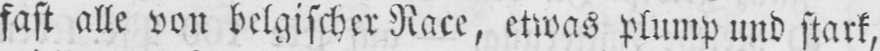
fast alle von belgischer Race, etwas plump und stark,